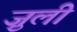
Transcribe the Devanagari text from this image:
ज़ुली